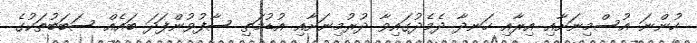
ހުންނަ އުސްމިނަށާއި އިރާއި ހަނދާ ދެމެދުގައިވާ ދުރުމިނަށާއި އުޑުމަތި ސާފުވުންފަދަ ބައެއް ސަބަބުތަކުގެ